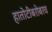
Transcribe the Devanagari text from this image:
हातोटीबरोबरच